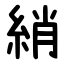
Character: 綃